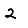
Digit: 2